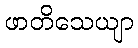
ဖာတိသေယျာ